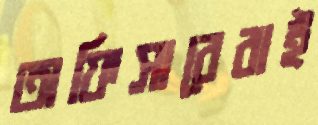
অফিসারেরাই